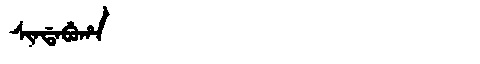
Manchu: ᠰᡳᠨᡩᠠᠪᡠᡥᠠ
Romanization: SINDABUHA